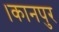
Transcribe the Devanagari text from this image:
।कानपुर